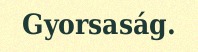
Gyorsaság.